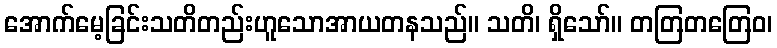
အောက်မေ့ခြင်းသတိတည်းဟူသောအာယတနသည်။ သတိ၊ ရှိသော်။ တတြတတြေဝ၊